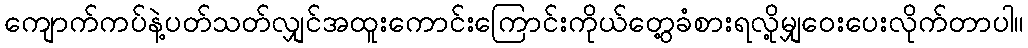
ကျောက်ကပ်နဲ့ပတ်သတ်လျှင်အထူးကောင်းကြောင်းကိုယ်တွေ့ခံစားရလို့မျှဝေးပေးလိုက်တာပါ။